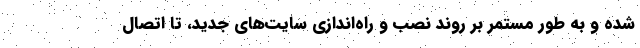
شده و به طور مستمر بر روند نصب و راه‌اندازی سایت‌های جدید، تا اتصال